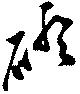
磴